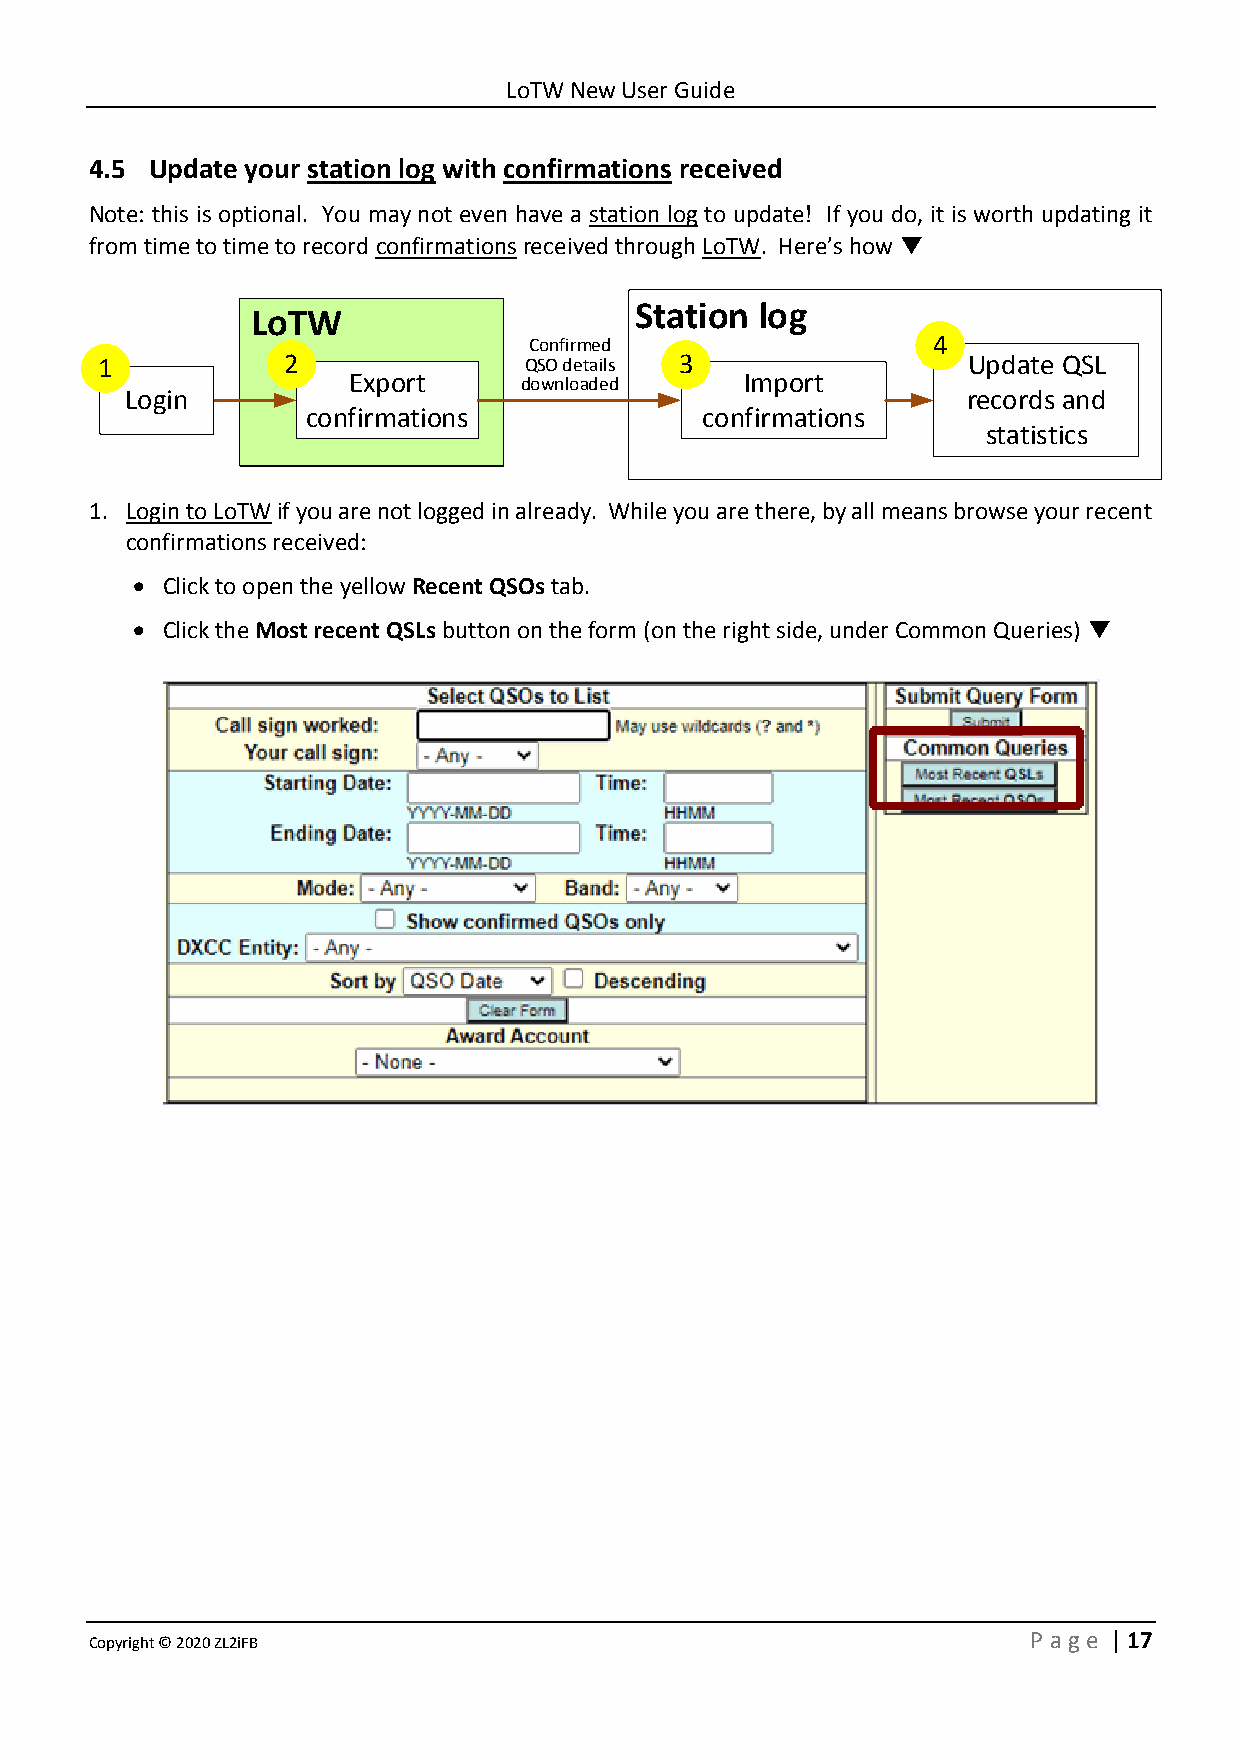
LoTW New User Guide
 4.5 Update your station log with confirmations received
 Note: this is optional. You may not even have a station log to update! If you do, it is worth updating it
 from time to time to record confirmations received through LoTW. Here’s how ▼
 Station log
 LoTW
 Confirmed                  4
 1            2               QSO details 3                Update QSL
 Export     downloaded     Import
 Login                                                   records and
 confirmations             confirmations
 statistics
 1. Login to LoTW if you are not logged in already. While you are there, by all means browse your recent
 confirmations received:
 • Click to open the yellow Recent QSOs tab.
 • Click the Most recent QSLs button on the form (on the right side, under Common Queries) ▼
 Copyright © 2020 ZL2iFB                                       P age | 17